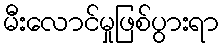
မီးလောင်မှုဖြစ်ပွားရာ